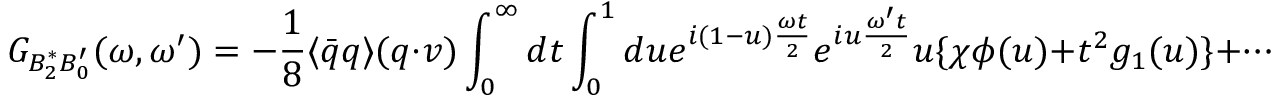
G _ { B _ { 2 } ^ { * } B _ { 0 } ^ { \prime } } ( \omega , \omega ^ { \prime } ) = - { \frac { 1 } { 8 } } \langle { \bar { q } } q \rangle ( q \cdot v ) \int _ { 0 } ^ { \infty } d t \int _ { 0 } ^ { 1 } d u e ^ { i ( 1 - u ) { \frac { \omega t } { 2 } } } e ^ { i u { \frac { \omega ^ { \prime } t } { 2 } } } u \{ \chi \phi ( u ) + t ^ { 2 } g _ { 1 } ( u ) \} + \cdots \; .